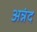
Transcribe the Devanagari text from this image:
अन्नंद